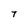
Character: T